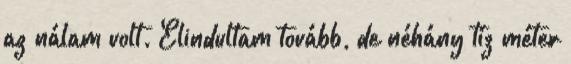
az nálam volt. Elindultam tovább, de néhány tíz méter